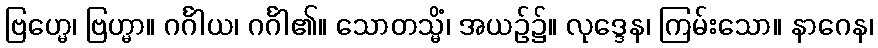
ဗြဟ္မေ၊ ဗြဟ္မာ။ ဂင်္ဂါယ၊ ဂင်္ဂါ၏။ သောတသ္မိံ၊ အယဉ်၌။ လုဒ္ဒေန၊ ကြမ်းသော။ နာဂေန၊